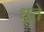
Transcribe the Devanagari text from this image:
धूते